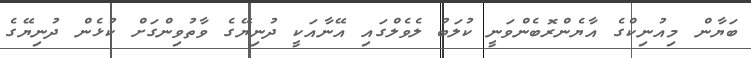
ބަޔާން މިއުނިކްގެ އާޔެންރޮބެންވަނީ ކުލަބު ލެވެލްގައި އޭނާއަކީ ދުނިޔޭގެ ވާތުވިންގަށް ކުޅެން ދުނިޔޭގެ